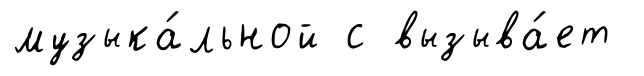
музыка́льной с вызыва́ет